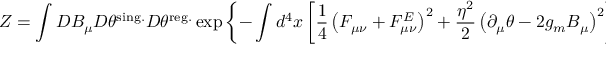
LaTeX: { \cal Z } = \int D B _ { \mu } D \theta ^ { \mathrm { s i n g . } } D \theta ^ { \mathrm { r e g . } } \exp \left\{ - \int d ^ { 4 } x \left[ \frac 1 4 \left( F _ { \mu \nu } + F _ { \mu \nu } ^ { E } \right) ^ { 2 } + \frac { \eta ^ { 2 } } { 2 } \left( \partial _ { \mu } \theta - 2 g _ { m } B _ { \mu } \right) ^ { 2 } \right] \right\} ,